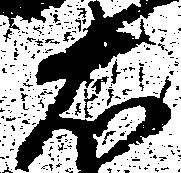
右